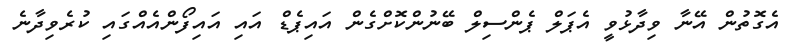
އެގޮތުން އޭނާ ވިދާޅުވީ އެޕަލް ޕެންސިލް ބޭނުންކޮށްގެން އައިޕެޑް އައި އައިފޯންއެއްގައި ކުރެވިދާނެ